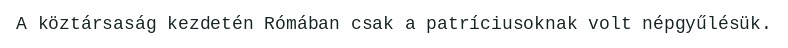
A köztársaság kezdetén Rómában csak a patríciusoknak volt népgyűlésük.